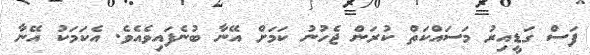
ފަސް ގަޑީއިރު މަސައްކަތް ކުރަން ޖެހުނު ކަމަށް އޭނާ ބުނެފައިވެއެވެ. އެކަމަކު އޭނާ